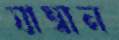
যাম্বান